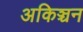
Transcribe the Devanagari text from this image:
अकिञ्चन